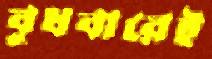
বুধবারেই